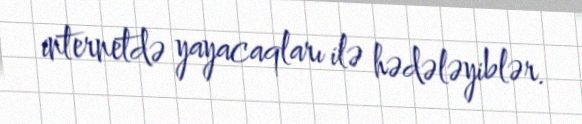
internetdə yayacaqları ilə hədələyiblər.